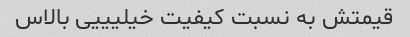
قیمتش به نسبت کیفیت خیلیییی بالاس